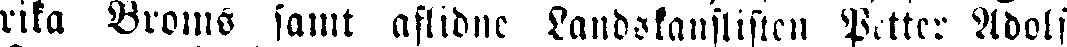
rika Broms samt aflidne Landskanslisten Petter Adolf